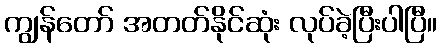
ကျွန်တော် အတတ်နိုင်ဆုံး လုပ်ခဲ့ပြီးပါပြီ။